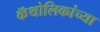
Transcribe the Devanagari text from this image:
कॅथोलिकांच्या